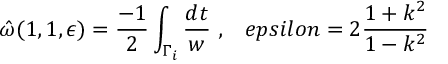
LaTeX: \hat { \omega } ( 1 , 1 , \epsilon ) = \frac { - 1 } { 2 } \int _ { \Gamma _ { i } } \frac { d t } { w } \ , \ \ \, e p s i l o n = 2 \frac { 1 + k ^ { 2 } } { 1 - k ^ { 2 } }